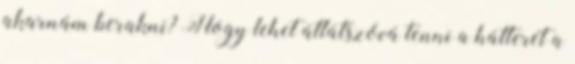
akarnám berakni? Hogy lehet átlátszóvá tenni a hátterét a